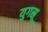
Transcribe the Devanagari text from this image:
युगस्रू